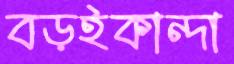
বড়ইকান্দা